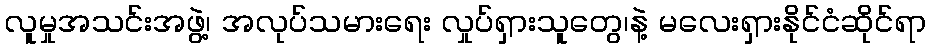
လူမှုအသင်းအဖွဲ့၊ အလုပ်သမားရေး လှုပ်ရှားသူတွေ၊နဲ့ မလေးရှားနိုင်ငံဆိုင်ရာ